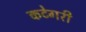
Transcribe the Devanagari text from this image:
कटेगरी